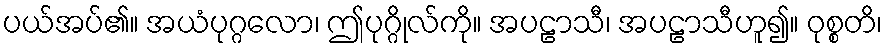
ပယ်အပ်၏။ အယံပုဂ္ဂလော၊ ဤပုဂ္ဂိုလ်ကို။ အပဠာသီ၊ အပဠာသီဟူ၍။ ဝုစ္စတိ၊